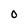
Character: 0